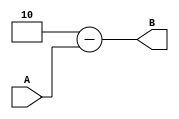
module notgate(
	input [1:0] A,
	output [1:0] B
);
	//assign B[1] = ~ (A[1] | A[0]);
	//assign B[0] = A[0];
reg [1:0] t;
assign B = t;

initial
begin
 t <= 2 - A;
end

endmodule